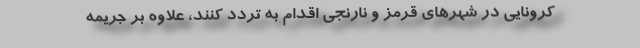
کرونایی در شهر‌های قرمز و نارنجی اقدام به تردد کنند، علاوه بر جریمه